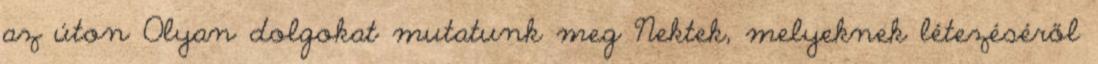
az úton Olyan dolgokat mutatunk meg Nektek, melyeknek létezéséről